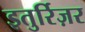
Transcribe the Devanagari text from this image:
इतुर्रिज़र